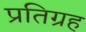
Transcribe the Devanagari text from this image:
प्रतिग्रह